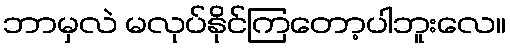
ဘာမှလဲ မလုပ်နိုင်ကြတော့ပါဘူးလေ။